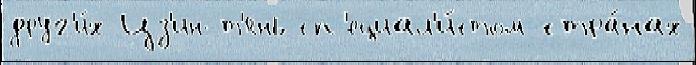
друг'и́х Цз'ин-т'янь сп'ециал'и́стом стра́нах